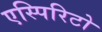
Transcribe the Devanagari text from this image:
एस्पिरिटो